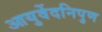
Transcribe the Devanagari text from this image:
आयुर्वेदनिपुण